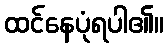
ထင်နေပုံရပါ၏။